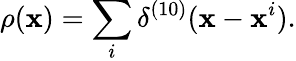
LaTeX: \rho(\mathbf{x})=\sum_{i}\delta^{(10)}(\mathbf{x}-\mathbf{x}^{i}).